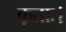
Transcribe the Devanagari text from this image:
कृताः।